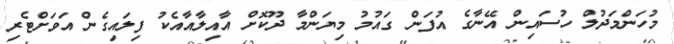
މުހަންމަދުލް ހުސައިން އޭނާގެ އުފަން ގައުމު މިޔަންމާ ދޫކޮށް އާއިލާއާއެކު ފިލައިގެން އަވަށްޓެރި